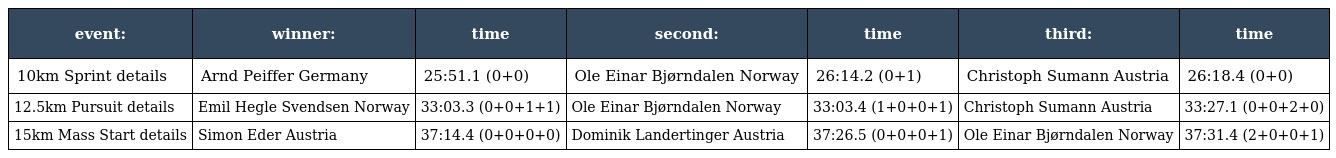
| event: | winner: | time | second: | time | third: | time |
 | --- | --- | --- | --- | --- | --- | --- |
 | 10km Sprint details | Arnd Peiffer Germany | 25:51.1 (0+0) | Ole Einar Bjørndalen Norway | 26:14.2 (0+1) | Christoph Sumann Austria | 26:18.4 (0+0) |
 | 12.5km Pursuit details | Emil Hegle Svendsen Norway | 33:03.3 (0+0+1+1) | Ole Einar Bjørndalen Norway | 33:03.4 (1+0+0+1) | Christoph Sumann Austria | 33:27.1 (0+0+2+0) |
 | 15km Mass Start details | Simon Eder Austria | 37:14.4 (0+0+0+0) | Dominik Landertinger Austria | 37:26.5 (0+0+0+1) | Ole Einar Bjørndalen Norway | 37:31.4 (2+0+0+1) |